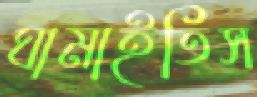
ঘামাইতিস